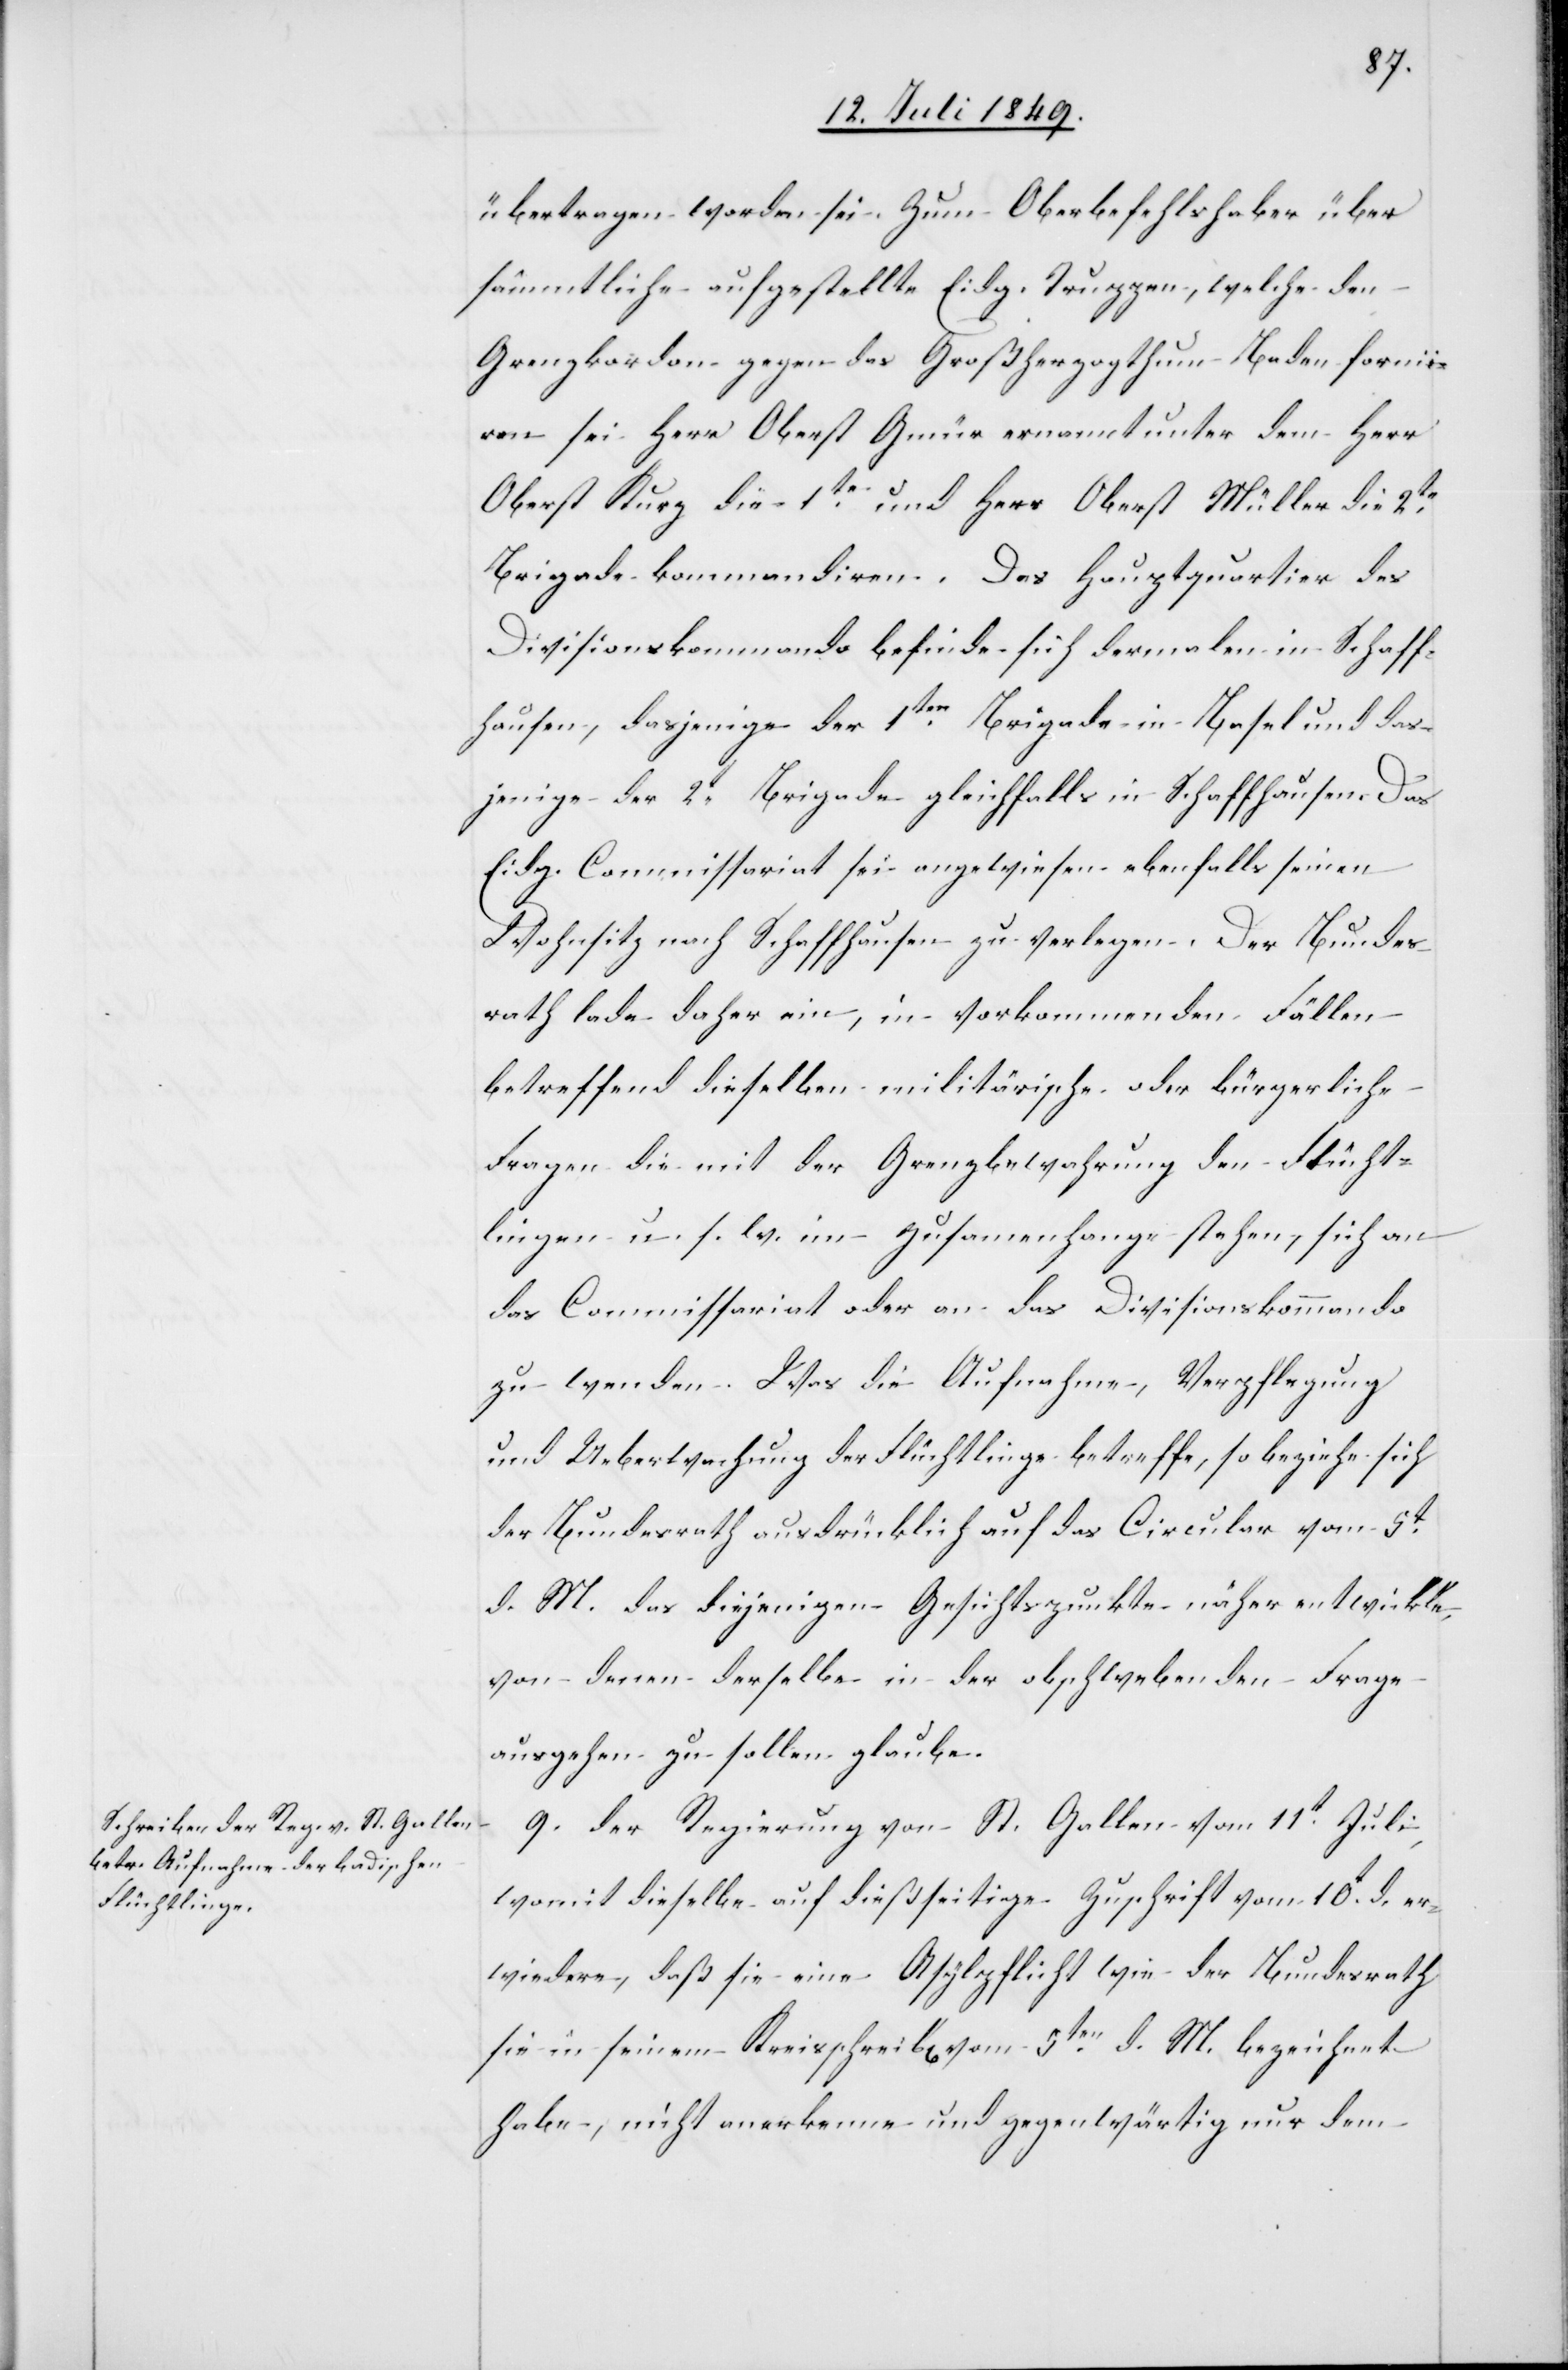
übertragen worden sei. Zum Oberbefehlshaber über
sämmtliche aufgestellte Eidg. Truppen, welche den
Grenzkordon gegen das Großherzogthum Baden formir¬
en sei Herr Oberst Gmür ernannt unter dem Herr
Oberst Kurz die 1te und Herr Oberst Müller die 2te
Brigade kommandiren. Das Hauptquartier des
Divisionskommando befinde sich dermalen in Schaff¬
hausen, dasjenige der 1ten Brigade in Basel und das¬
jenige der 2t Brigade gleichfalls in Schaffhausen. Das
Eidg. Commissariat sei angewiesen ebenfalls seinen
Wohnsitz nach Schaffhausen zu verlegen. Der Bundes¬
rath lade daher ein, in vorkommenden Fällen
betreffend dieselben militärische oder bürgerliche
Fragen die mit der Grenzbewahrung den Flücht¬
lingen u. s. w. im Zusammenhange stehen, sich an
das Commissariat oder an das Divisionskommando
zu wenden. Was die Aufnahme, Verpflegung
und Ueberwachung der Flüchtlinge betreffe, so beziehe sich
der Bundesrath ausdrücklich auf das Circular vom 5t
d. M. das diejenigen Gesichtspunkte näher entwickle,
von denen derselbe in der obschwebenden Frage
ausgehen zu sollen glaube.
9. Der Regierung von St. Gallen vom 11t Juli,
womit dieselbe auf dießseitige Zuschrift vom 10t d. er¬
wiedere, daß sie eine Asylpflicht wie der Bundesrath
sie in seinem Kreisschreib[en] vom 5ten d. M. bezeichnet
habe, nicht anerkenne und gegenwärtig nur dem